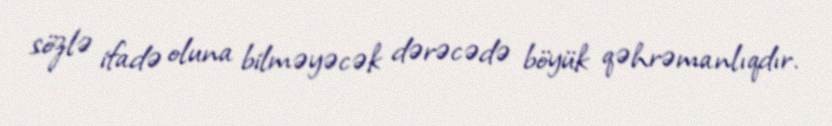
sözlə ifadə oluna bilməyəcək dərəcədə böyük qəhrəmanlıqdır.